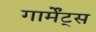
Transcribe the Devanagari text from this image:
गार्मेंट्स